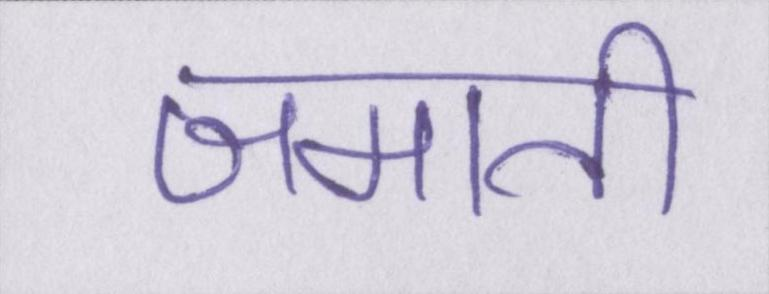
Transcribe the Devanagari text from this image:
जमाती